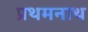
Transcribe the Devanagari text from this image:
प्रथमनाथ